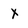
Character: x